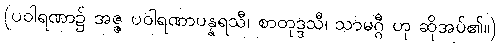
(ပဝါရဏာ၌ အဇ္ဇ ပဝါရဏာပန္နရသီ၊ စာတုဒ္ဒသီ၊ သာမဂ္ဂီ ဟု ဆိုအပ်၏။)